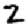
Digit: 2